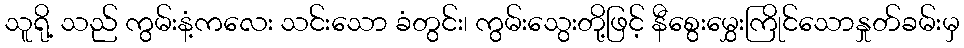
သူရို့ သည် ကွမ်းနံ့ကလေး သင်းသော ခံတွင်း၊ ကွမ်းသွေးတို့ဖြင့် နီစွေးမွှေးကြိုင်သောနှုတ်ခမ်းမှ